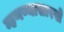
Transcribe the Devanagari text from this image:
म्हणण्यासारखे